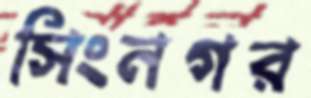
সিংনগর